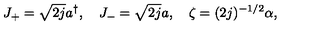
J _ { + } = \sqrt { 2 j } a ^ { \dagger } , \quad J _ { - } = \sqrt { 2 j } a , \quad \zeta = ( 2 j ) ^ { - 1 / 2 } \alpha ,